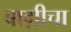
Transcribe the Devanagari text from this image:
बाग़ीचा